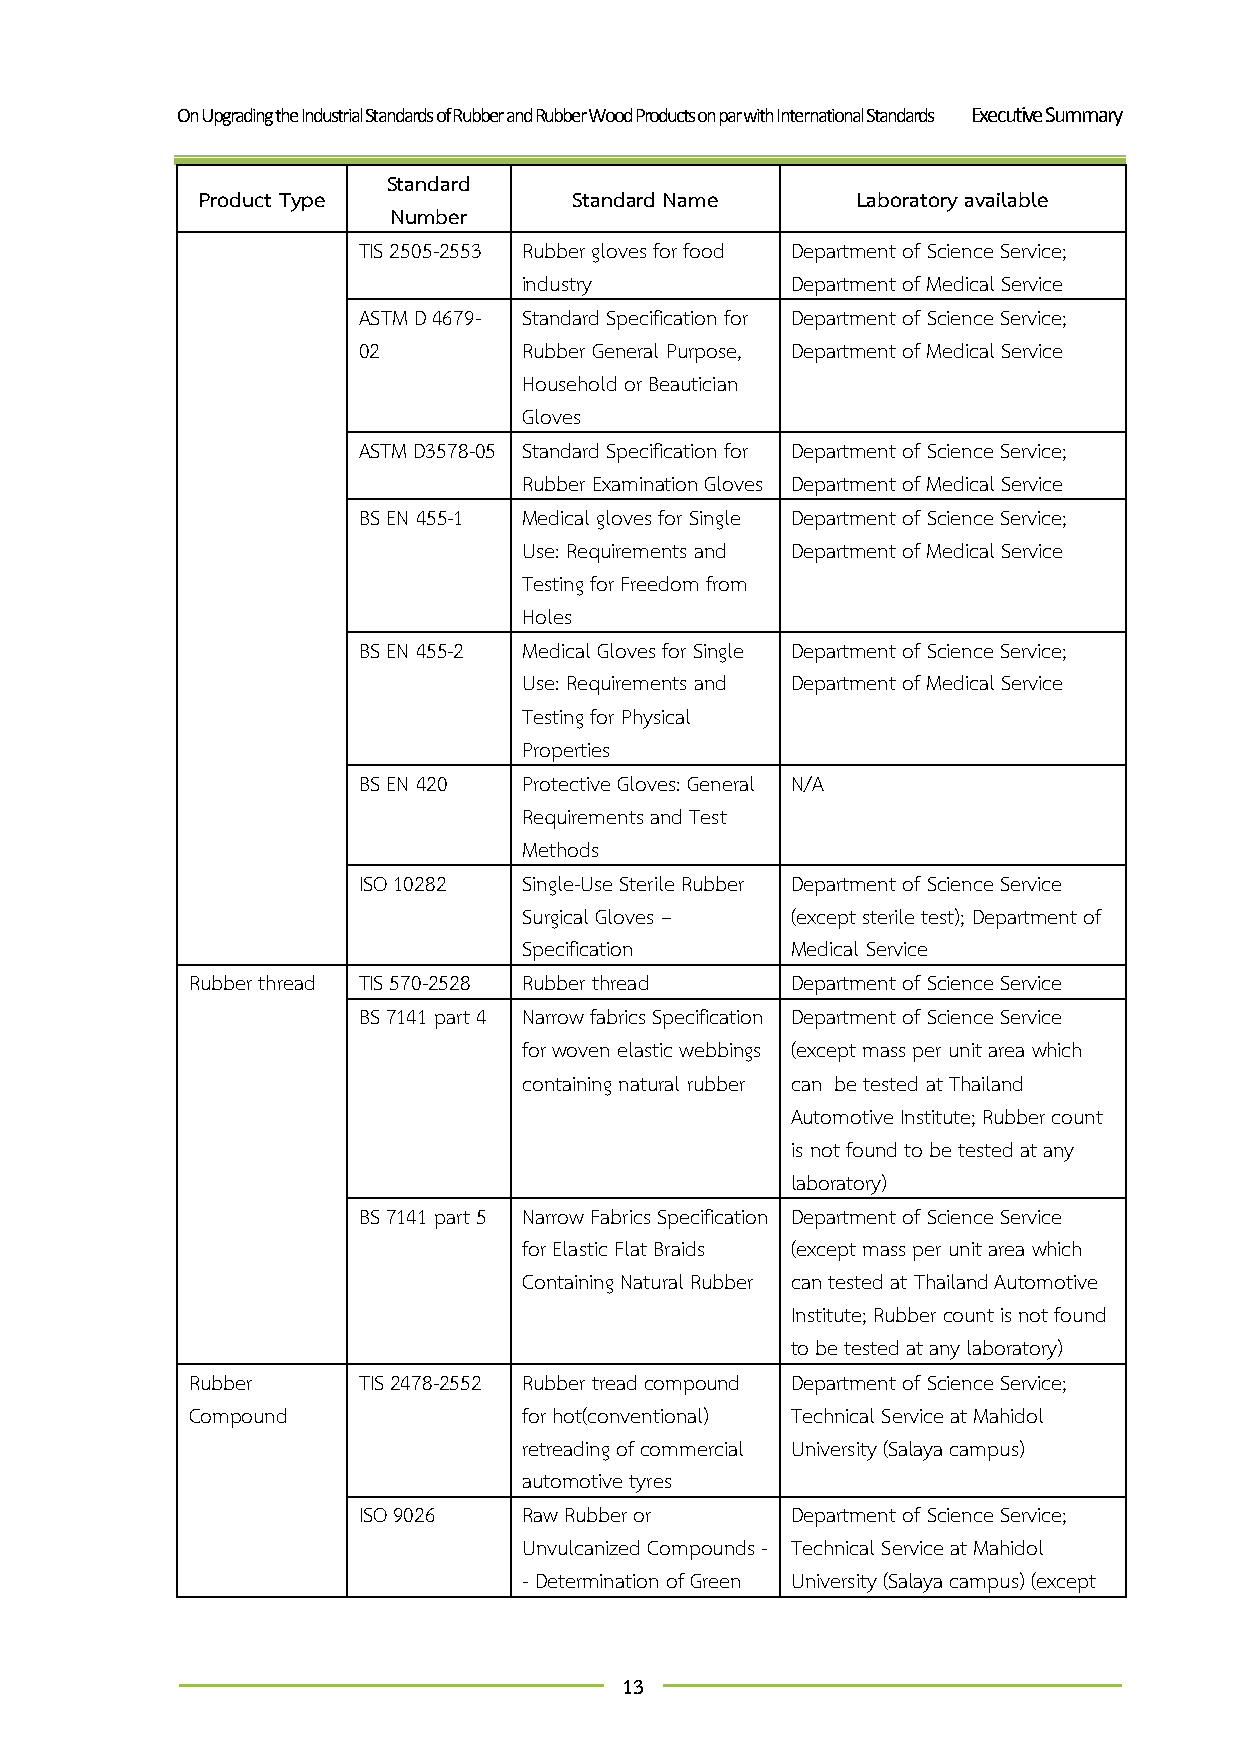
On Upgrading the Industrial Standards of Rubber and Rubber Wood Products on par with International Standards Executive Summary
 Standard
 Product Type             Standard Name      Laboratory available
 Number
 TIS 2505-2553 Rubber gloves for food Department of Science Service;
 industry         Department of Medical Service
 ASTM D 4679- Standard Specification for Department of Science Service;
 02         Rubber General Purpose, Department of Medical Service
 Household or Beautician
 Gloves
 ASTM D3578-05 Standard Specification for Department of Science Service;
 Rubber Examination Gloves Department of Medical Service
 BS EN 455-1 Medical gloves for Single Department of Science Service;
 Use: Requirements and Department of Medical Service
 Testing for Freedom from
 Holes
 BS EN 455-2 Medical Gloves for Single Department of Science Service;
 Use: Requirements and Department of Medical Service
 Testing for Physical
 Properties
 BS EN 420  Protective Gloves: General N/A
 Requirements and Test
 Methods
 ISO 10282  Single-Use Sterile Rubber Department of Science Service
 Surgical Gloves – (except sterile test); Department of
 Specification    Medical Service
 Rubber thread TIS 570-2528 Rubber thread Department of Science Service
 BS 7141 part 4 Narrow fabrics Specification Department of Science Service
 for woven elastic webbings (except mass per unit area which
 containing natural rubber can be tested at Thailand
 Automotive Institute; Rubber count
 is not found to be tested at any
 laboratory)
 BS 7141 part 5 Narrow Fabrics Specification Department of Science Service
 for Elastic Flat Braids (except mass per unit area which
 Containing Natural Rubber can tested at Thailand Automotive
 Institute; Rubber count is not found
 to be tested at any laboratory)
 Rubber      TIS 2478-2552 Rubber tread compound Department of Science Service;
 Compound               for hot(conventional) Technical Service at Mahidol
 retreading of commercial University (Salaya campus)
 automotive tyres
 ISO 9026   Raw Rubber or    Department of Science Service;
 Unvulcanized Compounds - Technical Service at Mahidol
 - Determination of Green University (Salaya campus) (except
 13